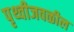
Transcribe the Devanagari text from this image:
पृथ्वीजवळील